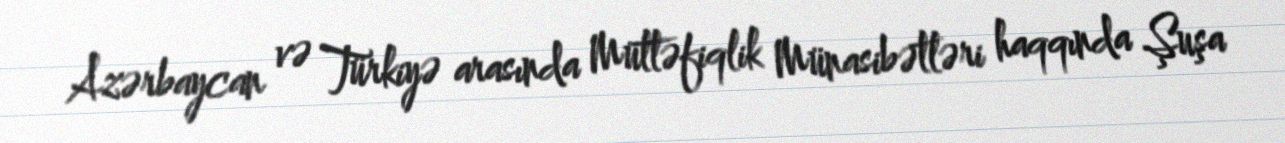
Azərbaycan və Türkiyə arasında Müttəfiqlik Münasibətləri haqqında Şuşa